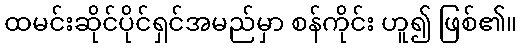
ထမင်းဆိုင်ပိုင်ရှင်အမည်မှာ စန်ကိုင်း ဟူ၍ ဖြစ်၏။